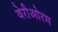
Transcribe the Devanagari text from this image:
वेरीओरम